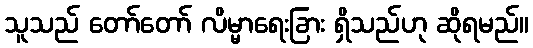
သူသည် တော်တော် လိမ္မာရေးခြား ရှိသည်ဟု ဆိုရမည်။